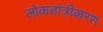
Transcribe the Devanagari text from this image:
लोकतांत्रीकरण